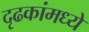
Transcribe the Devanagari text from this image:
दृढकांमध्ये